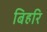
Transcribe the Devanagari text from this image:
बिहरि